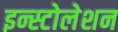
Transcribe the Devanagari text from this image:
इन्स्टोलेशन